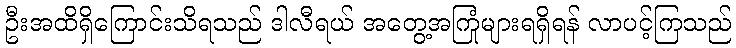
ဦးအထိရှိကြောင်းသိရသည် ဒါလီရယ် အတွေ့အကြုံများရရှိရန် လာပင့်ကြသည်